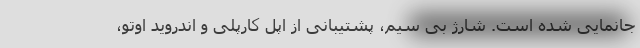
جانمایی شده است. شارژ بی سیم، پشتیبانی از اپل کارپلی و اندروید اوتو،